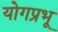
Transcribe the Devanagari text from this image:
योगप्रभू